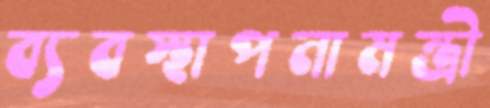
ব্যবস্থাপনামন্ত্রী